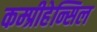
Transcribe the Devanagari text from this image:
कम्प्रीहेन्सिल